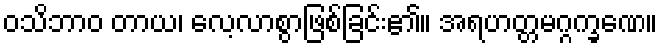
ဝသိဘာဝ တာယ၊ လေ့လာစွာဖြစ်ခြင်း၏။ အရဟတ္တမဂ္ဂက္ခဏေ။